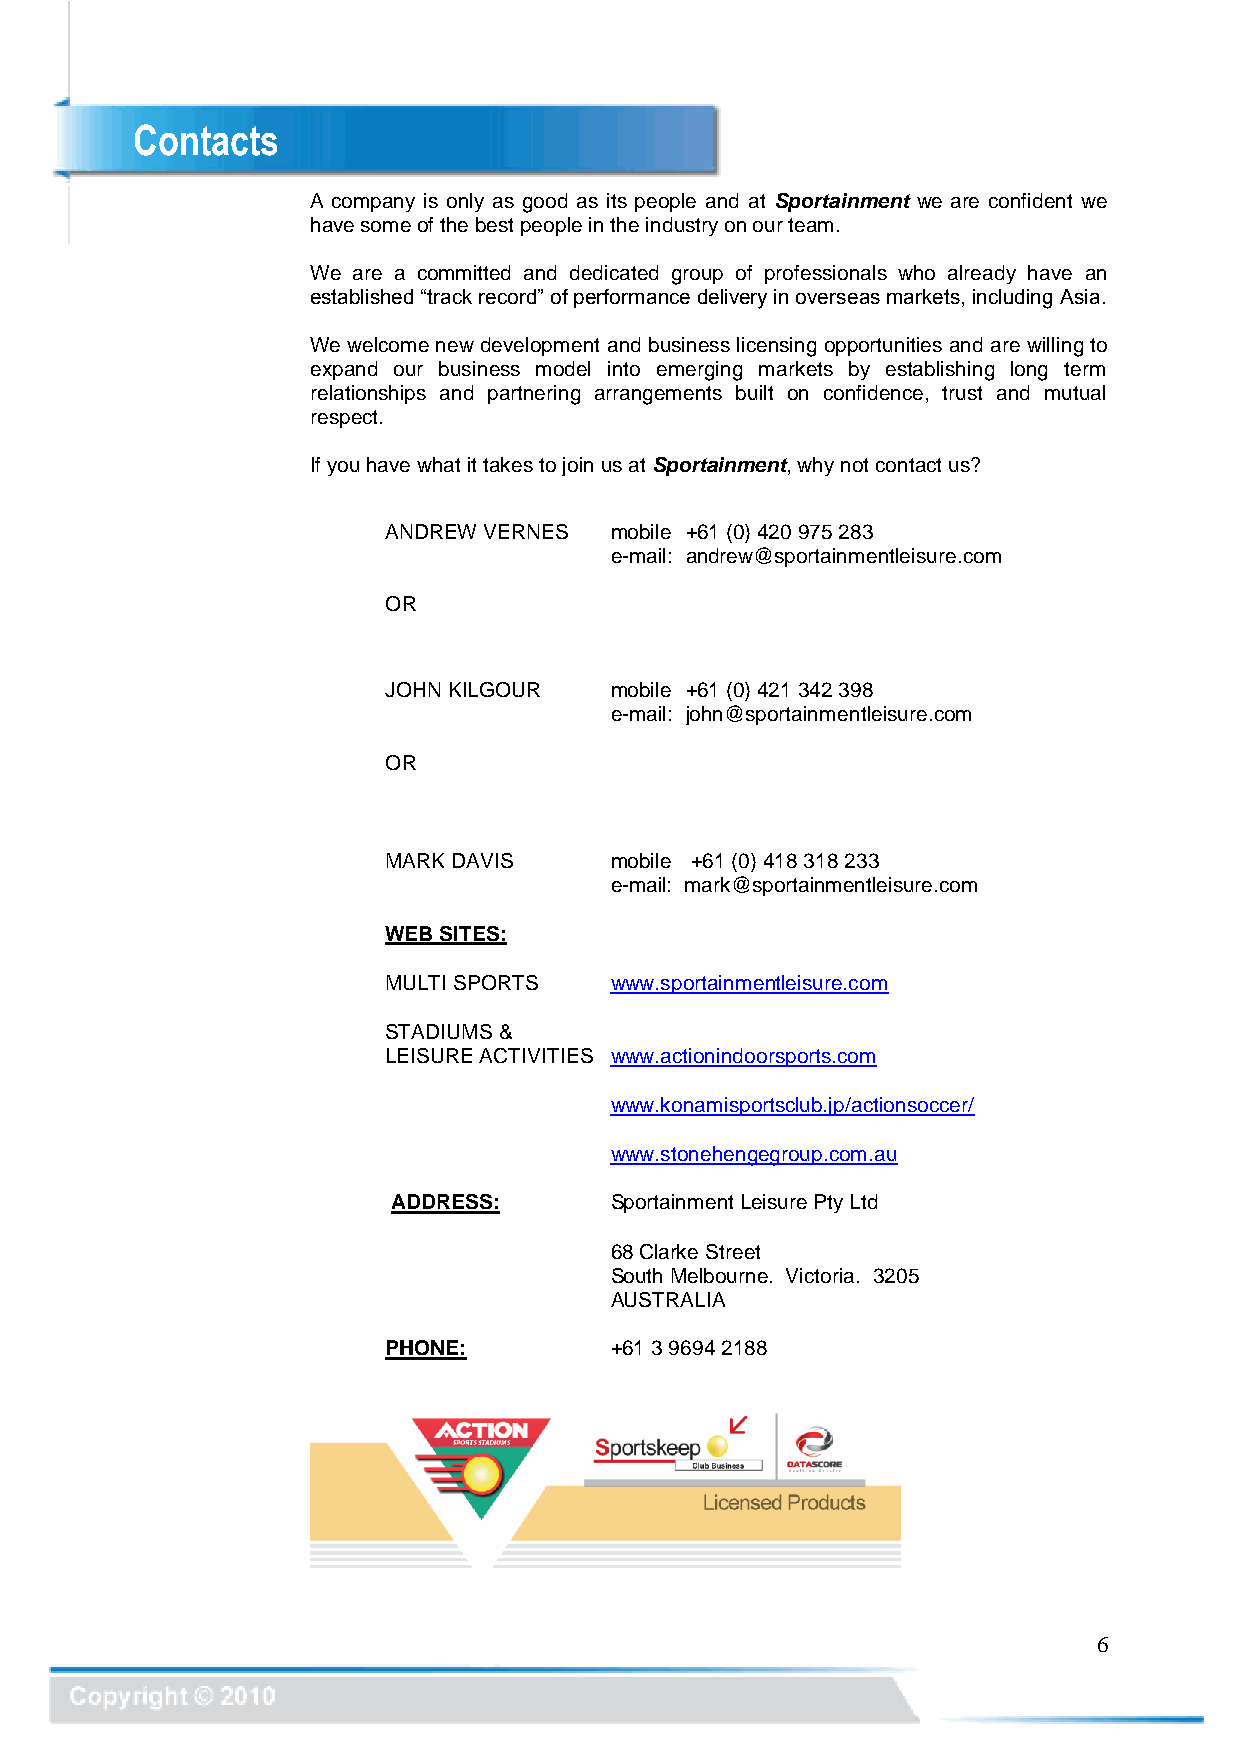
Contacts
 A company is only as good as its people and at Sportainment we are confident we
 have some of the best people in the industry on our team.
 We are a committed and dedicated group of professionals who already have an
 established “track record” of performance delivery in overseas markets, including Asia.
 We welcome new development and business licensing opportunities and are willing to
 expand our business model into emerging markets by establishing long term
 relationships and partnering arrangements built on confidence, trust and mutual
 respect.
 If you have what it takes to join us at Sportainment, why not contact us?
 ANDREW VERNES  mobile +61 (0) 420 975 283
 e-mail: andrew@sportainmentleisure.com
 OR
 JOHN KILGOUR   mobile +61 (0) 421 342 398
 e-mail: john@sportainmentleisure.com
 OR
 MARK DAVIS     mobile +61 (0) 418 318 233
 e-mail: mark@sportainmentleisure.com
 WEB SITES:
 MULTI SPORTS   www.sportainmentleisure.com
 STADIUMS &
 LEISURE ACTIVITIES www.actionindoorsports.com
 www.konamisportsclub.jp/actionsoccer/
 www.stonehengegroup.com.au
 ADDRESS:      Sportainment Leisure Pty Ltd
 68 Clarke Street
 South Melbourne. Victoria. 3205
 AUSTRALIA
 PHONE:         +61 3 9694 2188
 6